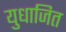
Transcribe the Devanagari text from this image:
युधाजित